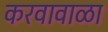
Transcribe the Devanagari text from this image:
करवावाळा